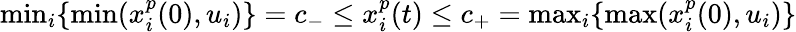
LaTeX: \begin{array}{r}{\operatorname*{min}_{i}\{ \operatorname*{min}(x_{i}^{p}(0),u_{i})\} =c_{-}\leq x_{i}^{p}(t)\leq c_{+}=\operatorname*{max}_{i}\{ \operatorname*{max}(x_{i}^{p}(0),u_{i})\} }\end{array}